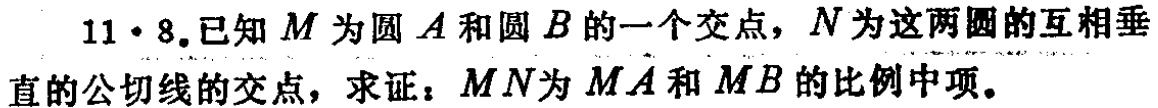
$11\cdot 8$.已知$M$为圆$A$和圆$B$的一个交点，$N$为这两圆的互相垂直的公切线的交点，求证：$MN$为$MA$和$MB$的比例中项。